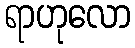
ရာဟုလော